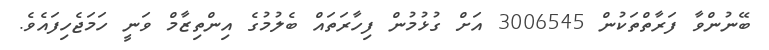
ބޭނުންވާ ފަރާތްތަކުން 3006545 އަށް ގުޅުމުން ފިހާރަތައް ބެލުމުގެ އިންތިޒާމް ވަނީ ހަމަޖެހިފައެވެ.